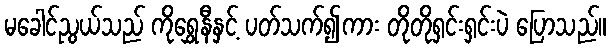
မခေါင်ညွယ်သည် ကိုရွှေနီနှင့် ပတ်သက်၍ကား တိုတိုရှင်းရှင်းပဲ ပြောသည်။